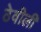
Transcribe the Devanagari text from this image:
ठेवीली